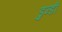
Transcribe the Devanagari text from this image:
डुन्डी